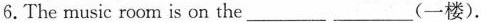
6.The music room is on the___ ___(一楼).